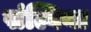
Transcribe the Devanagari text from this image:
संल्विया